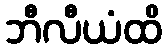
ဘီလီယံထိ